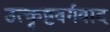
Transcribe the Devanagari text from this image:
उत्कृष्टवर्गवाद